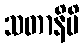
သတာနိပိ